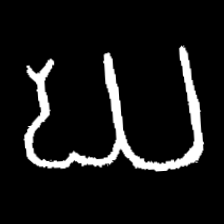
Pyu character \u2014 Myanmar letter: ဃ (romanized: gha)